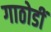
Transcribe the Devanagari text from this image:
गाठोडीं